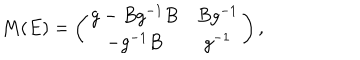
M ( E ) = \left( \begin{matrix} { { g - B g ^ { - 1 } B } } & { { B g ^ { - 1 } } } \\ { { - g ^ { - 1 } B } } & { { g ^ { - 1 } } } \\ \end{matrix} \right) ,